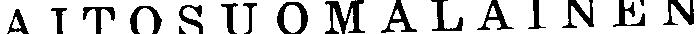
AITOSUOMALAINEN